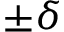
\pm \delta